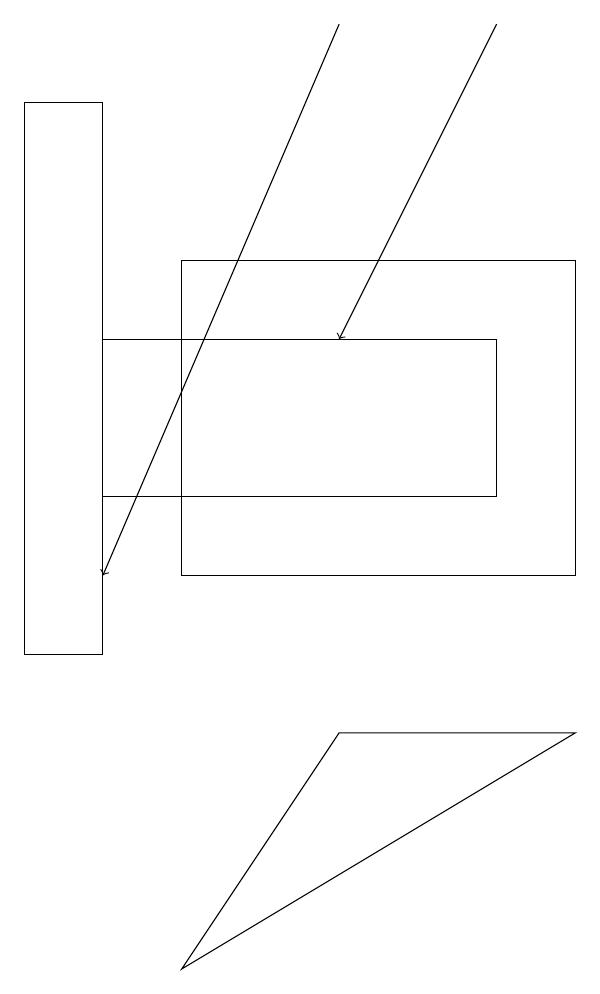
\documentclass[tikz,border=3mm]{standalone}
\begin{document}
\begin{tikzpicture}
\draw (3,15) rectangle (8,11);
\draw[->] (7,18) -- (5,14);
\draw (3,6) -- (5,9) -- (8,9) -- cycle;
\draw (2,17) rectangle (1,10);
\draw[->] (5,18) -- (2,11);
\draw (7,14) rectangle (2,12);
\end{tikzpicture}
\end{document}